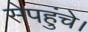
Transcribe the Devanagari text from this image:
सेपहुंचे।